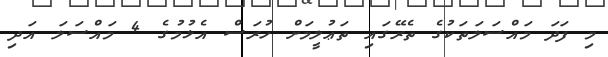
މި ފަދަ މައްސަލަތަކުގެ ތެރޭގައި ތަޢުލީމަށް ހުރަސް އެޅުމުގެ 4 މައްސަލަ އަދި